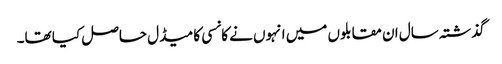
گذشتہ سال ان مقابلوں میں انہوں نے کانسی کا میڈل حاصل کیا تھا۔